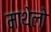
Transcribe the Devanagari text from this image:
माथेलो